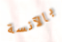
بالآنسة